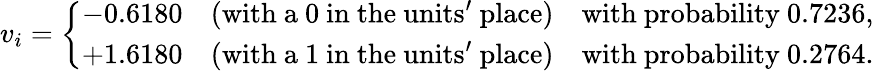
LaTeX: v_{i}={\left\{ \begin{array}{ll}{-0.6180\quad{\mathrm{(with~a~0~in~the~units'~place)}}}&{{\mathrm{with~probability~}}0.7236,}\\ {+1.6180\quad{\mathrm{(with~a~1~in~the~units'~place)}}}&{{\mathrm{with~probability~}}0.2764.}\end{array}\right.}